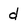
Character: d